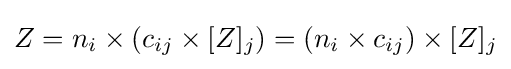
Z=n_{i}\times (c_{ij}\times [Z]_{j})=(n_{i}\times c_{ij})\times [Z]_{j}